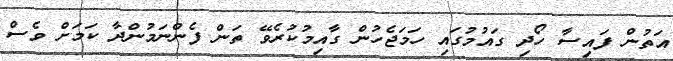
އަތުން ފައިސާ ހޯދި ގައުމުގައި ހަމަޖެހުން ގާއިމުކުރެވޭ ތަން ފެންނަމުންދާ ކަމަށް ވެސް